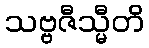
သဗ္ဗဇီသ္မီတိ